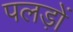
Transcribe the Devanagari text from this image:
पलड़ों